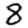
Digit: 8